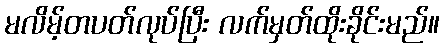
မလိမ့်တပတ်လုပ်ပြီး လက်မှတ်ထိုးခိုင်းမည်။